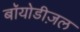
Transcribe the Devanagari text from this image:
बॉयोडीज़ल